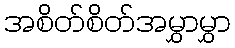
အစိတ်စိတ်အမွှာမွှာ